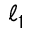
\ell _ { 1 }